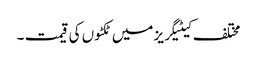
مختلف کیٹیگریز میں ٹکٹوں کی قیمت ۔